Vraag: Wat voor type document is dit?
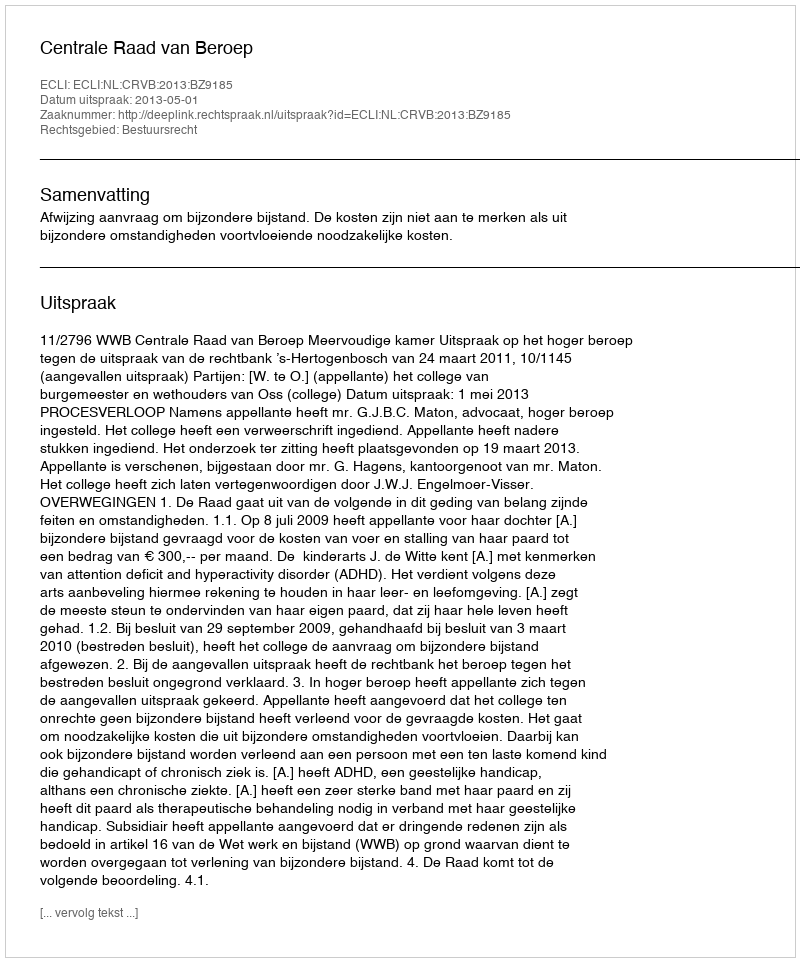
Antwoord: Uitspraak